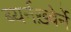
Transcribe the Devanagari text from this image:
ब्यर्नख़्वेर्ने